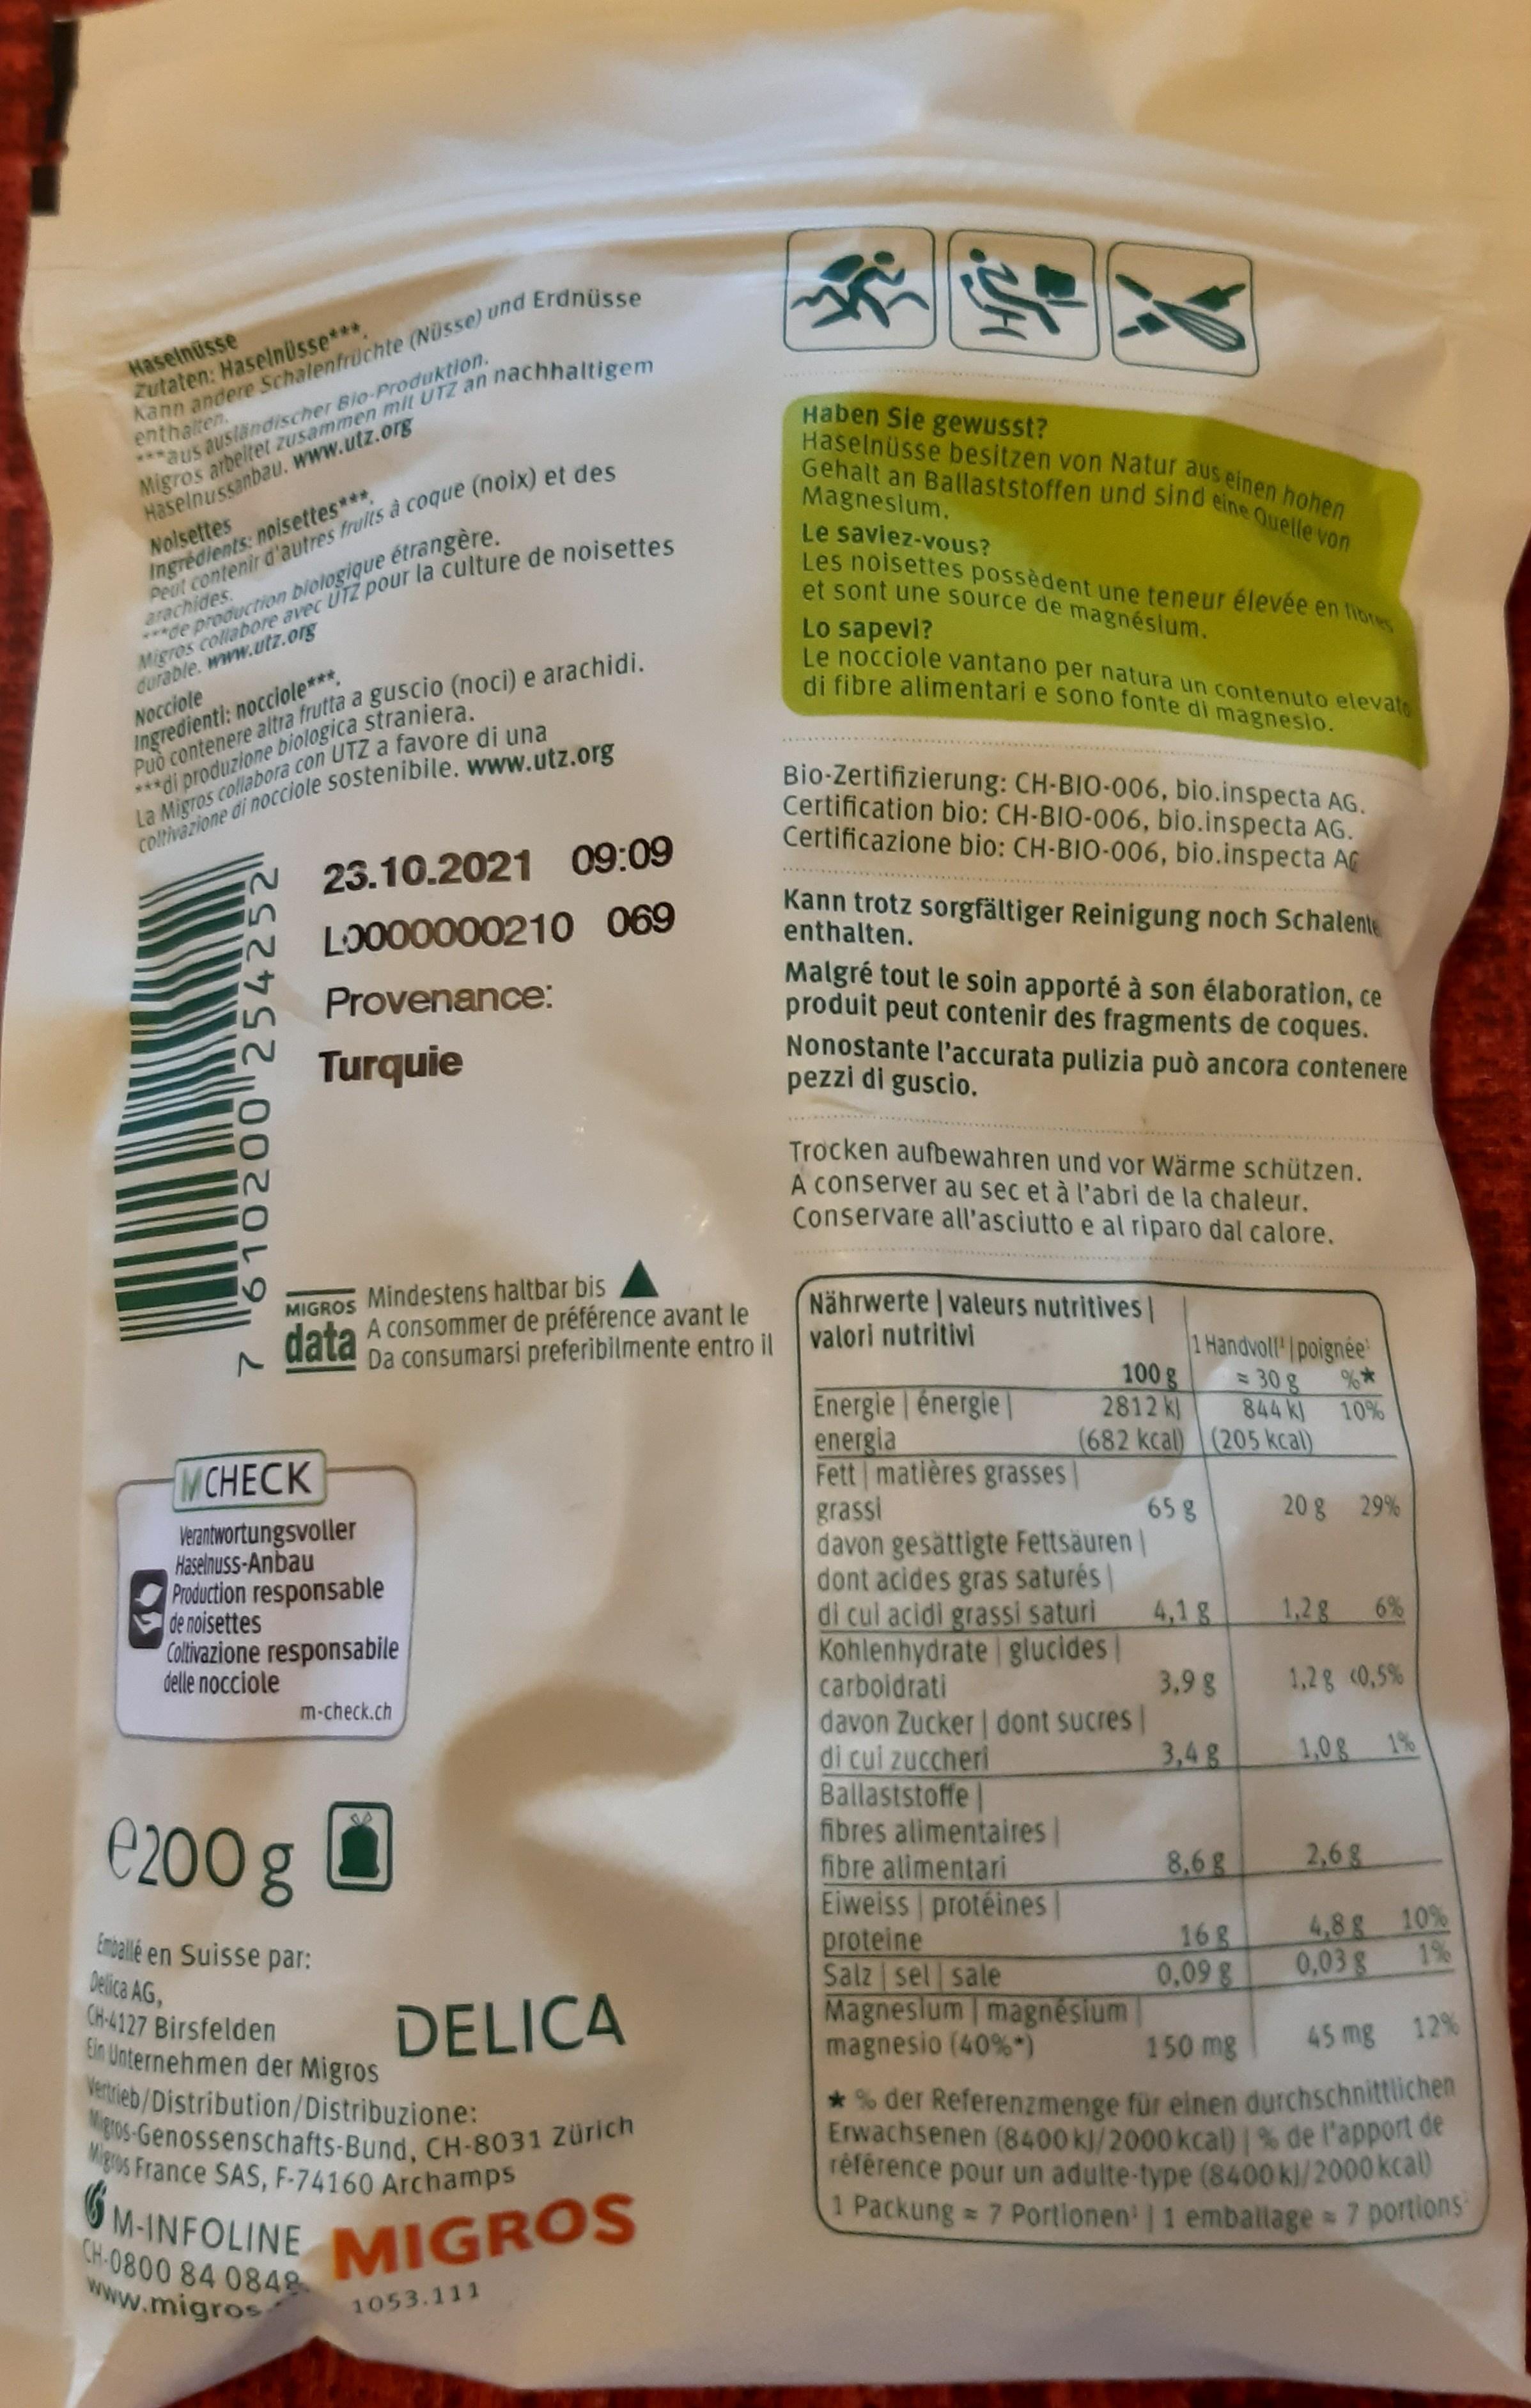
Haselnüsse zutaten: Haselnüsse***.
enthalten. ***aus auslanodischer Blo-Produktion.
Kann andere Schalenfrüchte (Nüsse) und Erdnüsse
Haselnussanbau. www.utz.org Nolsettes Ingredients: noisettes***
Haben Sie gewusst? Haselnüsse besitzen von Natur aus einen hohen Gehalt an Ballaststoffen und sind eine Quelle von
Migros arbeltet Zusammen mit UTZ an nachhaltigem
Magnesium. Le saviez-vous? Les noisettes possèdent une teneur élevée en fibre et sont une source de magnéslum.
Peut contenir d'autres fruits à coque (noix) et des
arachides.
Migros collabore avec UTZ pour la culture de noisettes
***de production biologique étrangère
Nocciole Ingredienti: nocciole*** Può contenere altra frutta a guscio (noci) e arachidi. ***di produzione biologica straniera. La Migros collabora con UTZ a favore di una
Lo sapevi? Le nocciole vantano per natura un contenuto elevate
durable. www.utz.org
di fibre alimentari e sono fonte di magnesio.
Bio-Zertifizierung: CH-BIO-006, bio.inspecta AG. Certification bio: CH-BIO-006, bio.inspecta AG. Certificazione bio: CH-BIO-006, bio.inspecta AG
coltivazione di nocciole sostenibile. www.utz.org
23.10.2021 09:09
Kann trotz sorgfältiger Reinigung noch Schalente enthalten.
LO000000210 069
Malgré tout le soin apporté à son élaboration, ce produit peut contenir des fragments de coques. Nonostante l'accurata pulizia può ancora contenere pezzi di guscio.
Provenance:
Turquie
Trocken aufbewahren und vor Wärme schützen. A conserver au sec et à l'abri de la chaleur. Conservare all'asciutto e al riparo dal calore.
MIGROS Mindestens haltbar bis A consommer de préférence avant le data
Nährwerte valeurs nutritives|
Da consumarsi preferibilmente entro il valori nutritivi
** 844 k 10% (682 kcal)(205 kcal)
100 g 2812 k)
1 Handvoll' /poignée = 30 g
Energle énergle | energia Fett matières grasses grassi davon gesättigte Fettsäuren | dont acides gras saturés di cul acidi grassi saturi Kohlenhydrate glucides| carboidrati davon Zucker | dont sucres| di cul zuccheri Ballaststoffe fibres alimentaires| fibre alimentari Eiweiss protéines| proteine Salz sel sale Magneslum magnésium magnesio (40% )
МCHECK
Verantwortungsvoller Haselnuss-Anbau Production responsable de noisettes Coltivazione responsabile delle nocciole
65 g
20g 29%
4,1g
1,2g
6%
m-check.ch
3,9g
1,2g <0,5%
3,4g
1,0g 1%
e200g
8,6g
2,6g
Emballé en Suisse par: Oelica AG, CH-4127 Birsfelden Ein Unternehmen der Migros Vertrieb/Distribution/Distribuzione:
4,8g 10%
168 0.09g
0,03g
1%
DELICA
150 mg
45 mg
12%
Mgos-Genossenschafts-Bund, CH-8031 Zürich
*% der Referenzmenge für einen durchschnittlichen Erwachsenen (8400 k)/2000 kcal) 1% de l'apport de référence pour un adulte-type (8400 kl/2000 kcal) 1 Packung= 7 Portionen | 1 emballage 7 portions
Migros France SAS, F-74160 Archamps
6M-INFOLINE MIGROS
CH-0800 84 0848 www.migros
1053.111
610200 254252